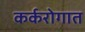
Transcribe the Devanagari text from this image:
कर्करोगात